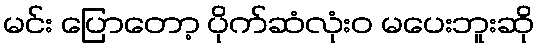
မင်း ပြောတော့ ပိုက်ဆံလုံးဝ မပေးဘူးဆို